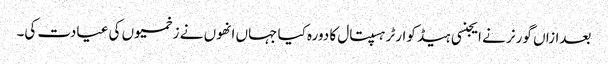
بعدازاں گورنر نے ایجنسی ہیڈ کوارٹر ہسپتال کا دورہ کیا جہاں انھوں نے زخمیوں کی عیادت کی۔